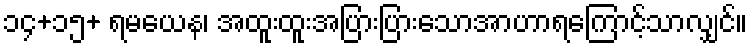
၁၄+၁၅+ ရမယေန၊ အထူးထူးအပြားပြားသောအာဟာရကြောင့်သာလျှင်။